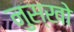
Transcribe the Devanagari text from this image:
नुस्खो